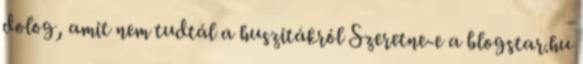
dolog, amit nem tudtál a huszitákról Szeretne-e a blogstar.hu